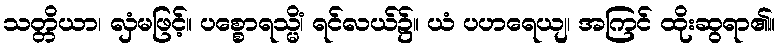
သတ္တိယာ၊ လှံမဖြင့်။ ပစ္စောရသ္မိံ၊ ရင်လယ်၌။ ယံ ပဟရေယျ၊ အကြင် ထိုးဆွရာ၏။